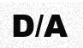
D/A